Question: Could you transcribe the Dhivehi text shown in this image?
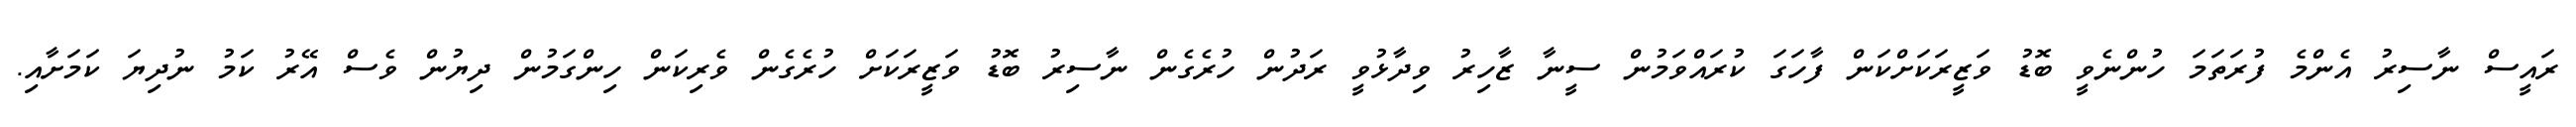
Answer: ރައީސް ނާސިރު އެންމެ ފުރަތަމަ ހުންނެވީ ބޮޑު ވަޒީރަކަށްކަން ފާހަގަ ކުރައްވަމުން ސީނާ ޒާހިރު ވިދާޅުވީ ރަދުން ހުރެގެން ނާސިރު ބޮޑު ވަޒީރަކަށް ހުރެގެން ވެރިކަން ހިންގަމުން ދިޔުން ވެސް އޭރު ކަމު ނުދިޔަ ކަމަށާއި.